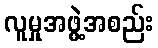
လူမှုအဖွဲ့အစည်း